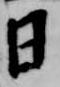
日